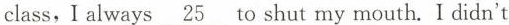
class,I always\underline{25 }to shut my mouth. I didn't